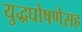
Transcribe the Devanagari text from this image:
युद्धघोषणेसह